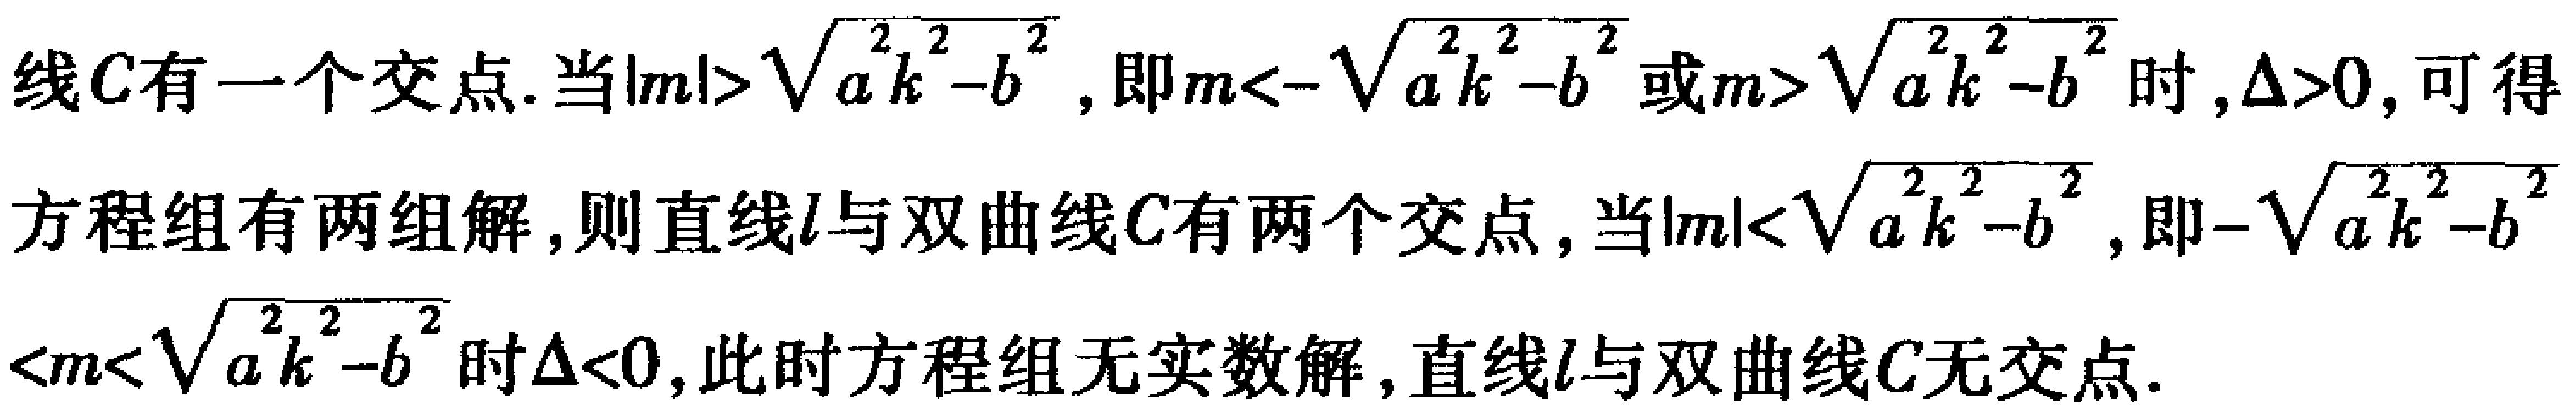
线\(C\)有一个交点. 当\(\vert m\vert>\sqrt{a^{2}k^{2}-b^{2}}\), 即\(m<-\sqrt{a^{2}k^{2}-b^{2}}\)或\(m>\sqrt{a^{2}k^{2}-b^{2}}\)时,\(\Delta>0\), 可得
方程组有两组解, 则直线\(l\)与双曲线\(C\)有两个交点, 当\(\vert m\vert<\sqrt{a^{2}k^{2}-b^{2}}\), 即\(-\sqrt{a^{2}k^{2}-b^{2}}\)
\(<m<\sqrt{a^{2}k^{2}-b^{2}}\)时\(\Delta<0\), 此时方程组无实数解, 直线\(l\)与双曲线\(C\)无交点.